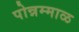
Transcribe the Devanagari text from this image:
पोन्नम्माळ